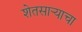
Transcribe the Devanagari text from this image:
शेतसार्‍याचा